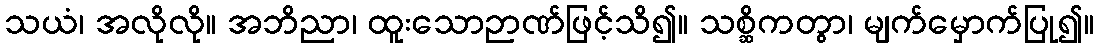
သယံ၊ အလိုလို။ အဘိညာ၊ ထူးသောဉာဏ်ဖြင့်သိ၍။ သစ္ဆိကတွာ၊ မျက်မှောက်ပြု၍။